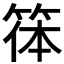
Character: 𥮋